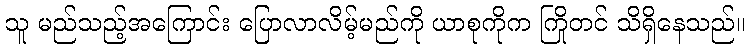
သူ မည်သည့်အကြောင်း ပြောလာလိမ့်မည်ကို ယာစုကိုက ကြိုတင် သိရှိနေသည်။